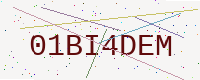
Text: 01BI4DEM